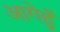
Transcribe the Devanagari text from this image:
आगेहुँ